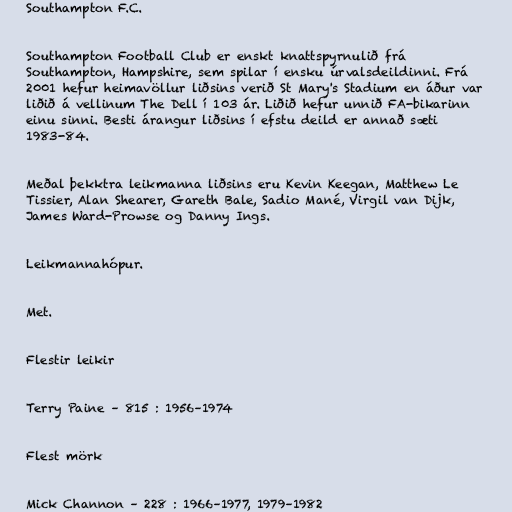
Southampton F.C.

Southampton Football Club er enskt knattspyrnulið frá
Southampton, Hampshire, sem spilar í ensku úrvalsdeildinni. Frá
2001 hefur heimavöllur liðsins verið St Mary's Stadium en áður var
liðið á vellinum The Dell í 103 ár. Liðið hefur unnið FA-bikarinn
einu sinni. Besti árangur liðsins í efstu deild er annað sæti
1983-84.

Meðal þekktra leikmanna liðsins eru Kevin Keegan, Matthew Le
Tissier, Alan Shearer, Gareth Bale, Sadio Mané, Virgil van Dijk,
James Ward-Prowse og Danny Ings.

Leikmannahópur.

Met.

Flestir leikir

Terry Paine – 815 : 1956–1974

Flest mörk

Mick Channon – 228 : 1966–1977, 1979–1982